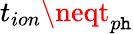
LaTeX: t_{ion}\neqt_{p\mathtt{h}}